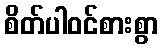
စိတ်ပါဝင်စားစွာ